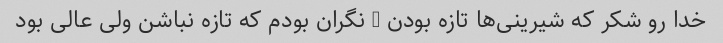
خدا رو شکر که شیرینی‌ها تازه بودن - نگران بودم که تازه نباشن ولی عالی بود